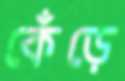
কেঁড়ে